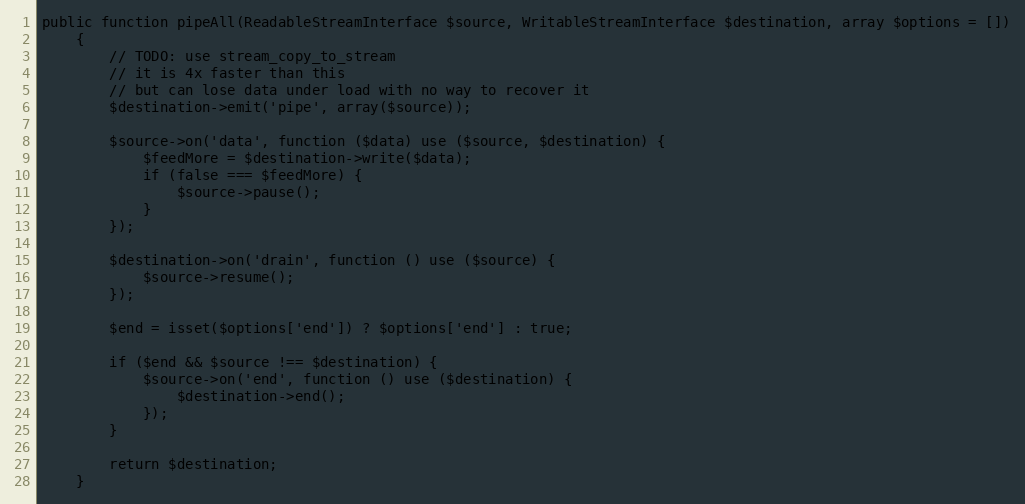
Language: PHP
public function pipeAll(ReadableStreamInterface $source, WritableStreamInterface $destination, array $options = [])
    {
        // TODO: use stream_copy_to_stream
        // it is 4x faster than this
        // but can lose data under load with no way to recover it
        $destination->emit('pipe', array($source));

        $source->on('data', function ($data) use ($source, $destination) {
            $feedMore = $destination->write($data);
            if (false === $feedMore) {
                $source->pause();
            }
        });

        $destination->on('drain', function () use ($source) {
            $source->resume();
        });

        $end = isset($options['end']) ? $options['end'] : true;

        if ($end && $source !== $destination) {
            $source->on('end', function () use ($destination) {
                $destination->end();
            });
        }

        return $destination;
    }